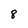
Character: 8